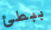
ببطئ